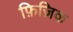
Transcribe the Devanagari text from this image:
फ़िज़िक